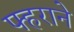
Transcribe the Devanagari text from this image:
फ्हराने